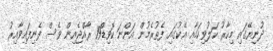
ދުނިޔޭގައި މިހާރު ހަލުވިކަމާއި އެކުގައި ފެތުރެމުން އަންނަ ކޮވިޑް19 ރާއްޖެއިން ވެސް ފެނިފައިވާއިރު